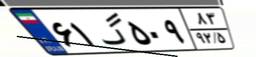
۶۱گ۵۰۹۸۳